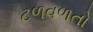
ટળવળતો